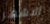
الاشهر